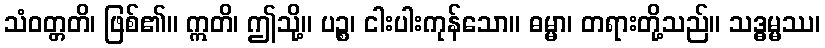
သံဝတ္တတိ၊ ဖြစ်၏။ ဣတိ၊ ဤသို့။ ပဉ္စ၊ ငါးပါးကုန်သော။ ဓမ္မာ၊ တရားတို့သည်။ သဒ္ဓမ္မဿ၊